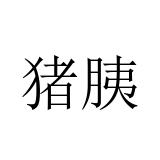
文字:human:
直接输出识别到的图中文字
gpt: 猪胰